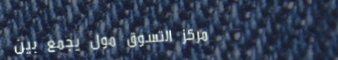
مركز التسوق مول يجمع بين